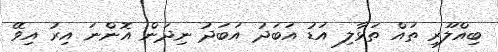
ބިއްލޫރި ތައް ތަޅާލި އަޑު އަބަދު އަބަދު ނިދަން އޮންނަ އިރު އިވޭ